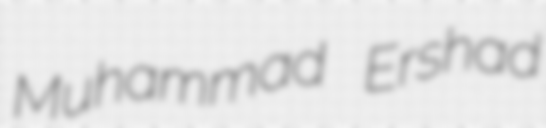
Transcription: Muhammad Ershad